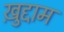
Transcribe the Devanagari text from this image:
ख़ुद्दाम